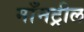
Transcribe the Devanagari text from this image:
माँनट्रील